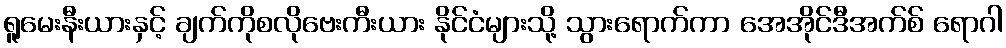
ရူမေးနီးယားနှင့် ချက်ကိုစလိုဗေးကီးယား နိုင်ငံများသို့ သွားရောက်ကာ အေအိုင်ဒီအက်စ် ရောဂါ